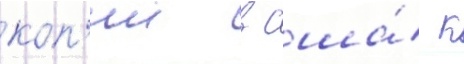
коп'ии в сша́ к